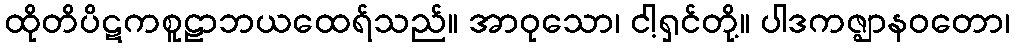
ထိုတိပိဋကစူဠာဘယထေရ်သည်။ အာဝုသော၊ ငါ့ရှင်တို့။ ပါဒကဇ္ဈာနဝတော၊